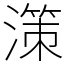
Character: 𣽤